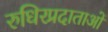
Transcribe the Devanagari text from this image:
रुधिरप्रदाताओं